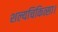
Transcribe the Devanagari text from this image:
शल्यचिकित्सा।